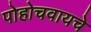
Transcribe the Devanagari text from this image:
पोहोचवायचे